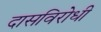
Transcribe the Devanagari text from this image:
दासविरोधी